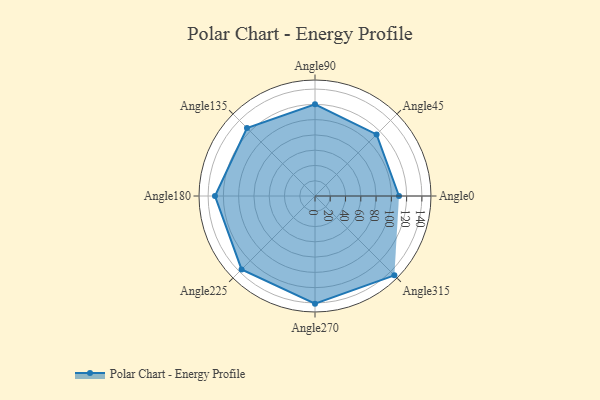
{"axis": {"x": "Angle", "y": "Radius"}, "legend": [""], "data": [{"x": "Angle0", "y": 110.0, "type": ""}, {"x": "Angle45", "y": 114.0, "type": ""}, {"x": "Angle90", "y": 120.0, "type": ""}, {"x": "Angle135", "y": 126.0, "type": ""}, {"x": "Angle180", "y": 131.0, "type": ""}, {"x": "Angle225", "y": 136.0, "type": ""}, {"x": "Angle270", "y": 141.0, "type": ""}, {"x": "Angle315", "y": 147.0, "type": ""}]}